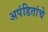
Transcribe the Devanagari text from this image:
अपंडितांचे